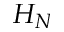
H _ { N }